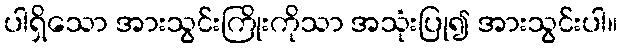
ပါရှိသော အားသွင်းကြိုးကိုသာ အသုံးပြု၍ အားသွင်းပါ။